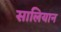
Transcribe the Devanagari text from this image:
सालियान